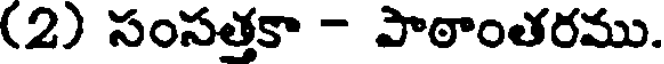
(2) సంసత్తకా - పాఠాంతరము.